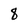
Character: 8